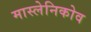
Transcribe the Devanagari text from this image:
मास्लेनिकोव